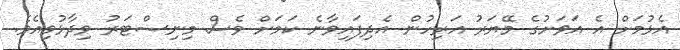
އެޅުމަށް އެ އަވަށުގެ މޭޔަރު އަރިހުން އެދިފައިވާނެ ކަމަށް ވެސް މިނިސްޓަރު ވިދާޅުވިއެވެ.